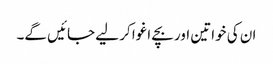
ان کی خواتین اور بچے اغوا کر لیے جائیں گے۔